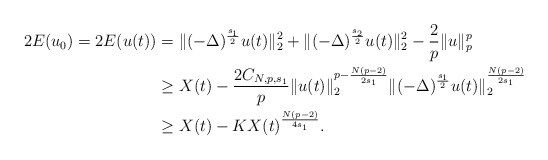
\begin{align*}2E(u_0)=2E(u(t)) & =\|(-\Delta)^{\frac{s_1}{2}}u(t)\|_2^2+\|(-\Delta)^{\frac{s_2}{2}}u(t)\|_2^2 -\frac{2}{p}\|u\|_p^p \\& \geq X(t)-\frac{2C_{N,p,s_1}}{p}\|u(t)\|_2^{p-\frac{N(p-2)}{2s_1}}\|(-\Delta)^{\frac{s_1}{2}}u(t)\|_2^{\frac{N(p-2)}{2s_1}}\\& \geq X(t)-KX(t)^{\frac{N(p-2)}{4s_1}}.\end{align*}